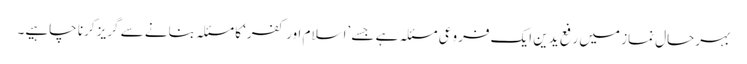
بہرحال نماز میں رفع یدین ایک فروعی مسئلہ ہے جسے ’اسلام اور کفر‘ کا مسئلہ بنانے سے گریز کرنا چاہیے۔